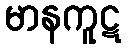
မာနကူဋ